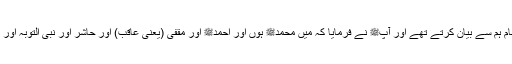
1591: سیدنا ابو موسیٰ اشعریؓ کہتے ہیں کہ رسول اللہﷺ اپنے کئی نام ہم سے بیان کرتے تھے اور آپﷺ نے فرمایا کہ میں محمدﷺ ہوں اور احمدﷺ اور مقفی (یعنی عاقب) اور حاشر اور نبی التوبہ اور نبی الرحمۃ(کیونکہ توبہ اور رحمت کو آپﷺ اپنے ساتھ لے کر آئے )۔